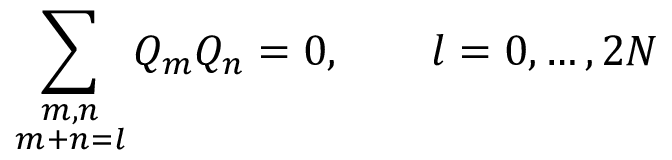
\sum _ { \stackrel { \scriptstyle m , n } { m + n = l } } Q _ { m } Q _ { n } = 0 , \qquad l = 0 , \ldots , 2 N